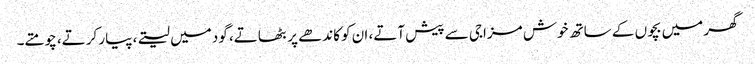
گھر میں بچوں کے ساتھ خوش مزاجی سے پیش آتے، ان کو کاندھے پر بٹھاتے، گود میں لیتے، پیار کرتے، چومتے۔